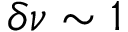
\delta \nu \sim 1